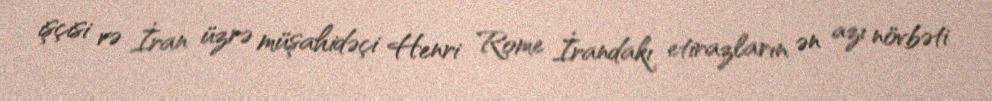
işçisi və İran üzrə müşahidəçi Henri Rome İrandakı etirazların ən azı növbəti